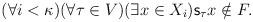
LaTeX: \begin{align*}(\forall i<\kappa)(\forall \tau\in V)(\exists x\in X_i){\sf s}_{\tau}x\notin F. \end{align*}